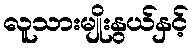
လူသားမျိုးနွယ်နှင့်